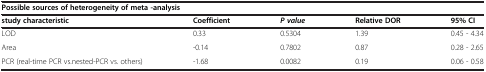
| <COLSPAN=5> Possible sources of heterogeneity of meta -analysis |
 | study characteristic | Coefficient | P value | Relative DOR | 95% CI |
 | --- | --- | --- | --- | --- |
 | LOD | 0.33 | 0.5304 | 1.39 | 0.45 - 4.34 |
 | Area | -0.14 | 0.7802 | 0.87 | 0.28 - 2.65 |
 | PCR (real-time PCR vs.nested-PCR vs. others) | -1.68 | 0.0082 | 0.19 | 0.06 - 0.58 |